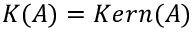
K ( A ) = K e r n ( A )